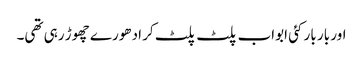
اور بار بار کئی ابواب پلٹ پلٹ کر ادھورے چھوڑ رہی تھی۔